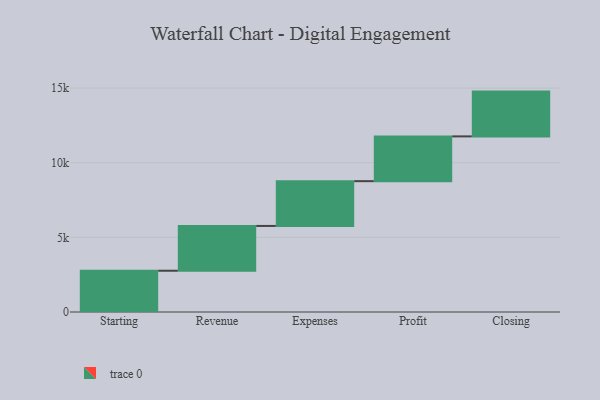
{"axis": {"x": "Step", "y": "Value"}, "legend": [""], "data": [{"x": "Starting", "y": 2765.0, "type": ""}, {"x": "Revenue", "y": 3000, "type": ""}, {"x": "Expenses", "y": 3000, "type": ""}, {"x": "Profit", "y": 3000, "type": ""}, {"x": "Closing", "y": 3000, "type": ""}]}